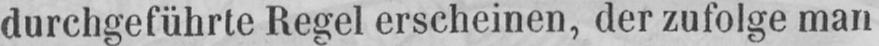
durchgeführte Regel erscheinen, der zufolge man